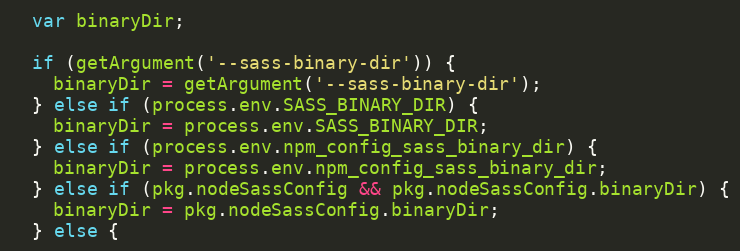
Language: JavaScript
  var binaryDir;

  if (getArgument('--sass-binary-dir')) {
    binaryDir = getArgument('--sass-binary-dir');
  } else if (process.env.SASS_BINARY_DIR) {
    binaryDir = process.env.SASS_BINARY_DIR;
  } else if (process.env.npm_config_sass_binary_dir) {
    binaryDir = process.env.npm_config_sass_binary_dir;
  } else if (pkg.nodeSassConfig && pkg.nodeSassConfig.binaryDir) {
    binaryDir = pkg.nodeSassConfig.binaryDir;
  } else {